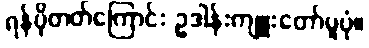
ရန်ပိုတတ်ကြောင်း ဥဒါန်းကျူးတော်မူပုံ။